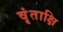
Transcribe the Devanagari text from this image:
वृंताक्षि